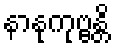
နာနုကုဗ္ဗန္တိ